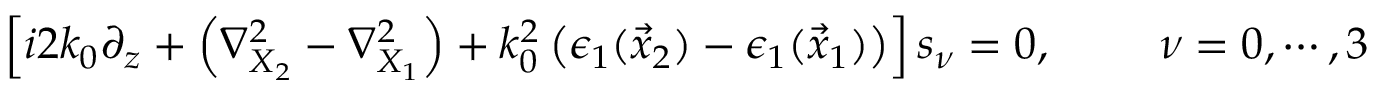
\begin{array} { r } { \left[ i 2 k _ { 0 } \partial _ { z } + \left( \nabla _ { X _ { 2 } } ^ { 2 } - \nabla _ { X _ { 1 } } ^ { 2 } \right) + k _ { 0 } ^ { 2 } \left( \epsilon _ { 1 } ( \vec { x } _ { 2 } ) - \epsilon _ { 1 } ( \vec { x } _ { 1 } ) \right) \right] s _ { \nu } = 0 , \, \, \, \, \, \, \, \, \, \, \, \, \, \, \nu = 0 , \cdots , 3 } \end{array}